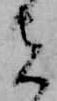
者